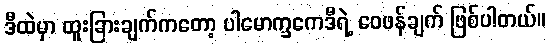
ဒီထဲမှာ ထူးခြားချက်ကတော့ ပါမောက္ခကေဒီရဲ့ ဝေဖန်ချက် ဖြစ်ပါတယ်။